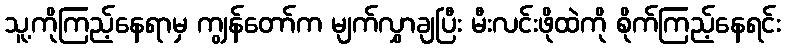
သူ့ကိုကြည့်နေရာမှ ကျွန်တော်က မျက်လွှာချပြီး မီးလင်းဖိုထဲကို စိုက်ကြည့်နေရင်း